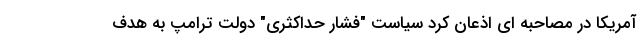
آمریکا در مصاحبه ای اذعان کرد سیاست "فشار حداکثری" دولت ترامپ به هدف